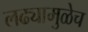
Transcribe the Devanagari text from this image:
लढ्यामुळेच